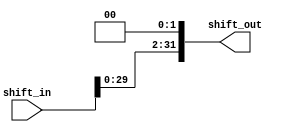
module ShiftLeftby2(shift_out, shift_in);

//This module is used for shifting the input by 2 bits

input [31:0] shift_in;
output [31:0] shift_out;

assign shift_out = shift_in << 2;

endmodule